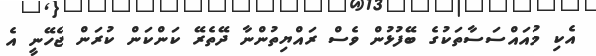
އެކި މުއައްސަސާތަކުގެ ބޭފުޅުން ވެސް ރައްޔިތުންނާ ދޭތެރޭ ކަންކަން ކުރަން ޖެހޭނީ އެ